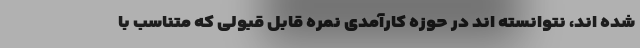
شده اند، نتوانسته اند در حوزه کارآمدی نمره قابل قبولی که متناسب با